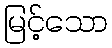
မြင့်သော